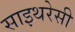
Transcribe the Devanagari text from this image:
साइथरेसी